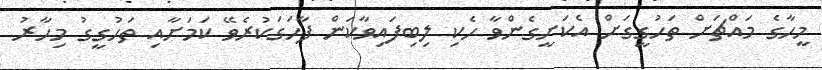
މީހާގެ މައްޗަށް ތަހުގީގަށް އެކަށީގެންވާ ހެކި ލިބިފައިވާކަން ފާހަގަކުރެވޭ ކަމަށާއި ތަހުގީގު މިހާރު